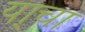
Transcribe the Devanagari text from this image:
या्चा